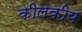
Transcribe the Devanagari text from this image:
कीलकीय